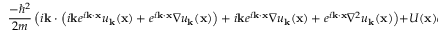
{ \frac { - \hbar ^ { 2 } } { 2 m } } \left( i \mathbf { k } \cdot \left( i \mathbf { k } e ^ { i \mathbf { k } \cdot \mathbf { x } } u _ { \mathbf { k } } ( \mathbf { x } ) + e ^ { i \mathbf { k } \cdot \mathbf { x } } \nabla u _ { \mathbf { k } } ( \mathbf { x } ) \right) + i \mathbf { k } e ^ { i \mathbf { k } \cdot \mathbf { x } } \nabla u _ { \mathbf { k } } ( \mathbf { x } ) + e ^ { i \mathbf { k } \cdot \mathbf { x } } \nabla ^ { 2 } u _ { \mathbf { k } } ( \mathbf { x } ) \right) + U ( \mathbf { x } ) e ^ { i \mathbf { k } \cdot \mathbf { x } } u _ { \mathbf { k } } ( \mathbf { x } ) = E _ { \mathbf { k } } e ^ { i \mathbf { k } \cdot \mathbf { x } } u _ { \mathbf { k } } ( \mathbf { x } )